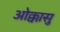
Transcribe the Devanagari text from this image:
ओक्कासु